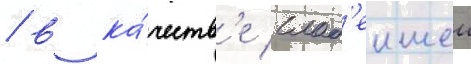
/ в ка́честв'е слаб'еишеи